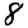
Digit: 8